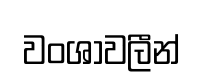
වංශාවලීන්